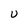
Character: U